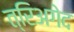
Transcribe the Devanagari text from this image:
त्रिअगेद